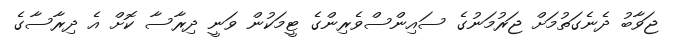
ޖަވާބު ދެނެގަތުމަށް ޖަރުމަނުގެ ސައިންސްވެރިންގެ ޓީމަކުން ވަނީ ދިރާސާ ކޮށް އެ ދިރާސާގެ